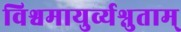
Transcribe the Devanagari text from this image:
विश्वमायुर्व्यश्नुताम्‌